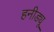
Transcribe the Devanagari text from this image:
हनीड्यू